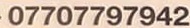
07707797942